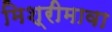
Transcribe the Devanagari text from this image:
मिश्रीमावा